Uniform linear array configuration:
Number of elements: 48
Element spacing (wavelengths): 0.25
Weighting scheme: hamming
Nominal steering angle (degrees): -30
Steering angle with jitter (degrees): -30.468
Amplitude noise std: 0.05
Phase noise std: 0.05

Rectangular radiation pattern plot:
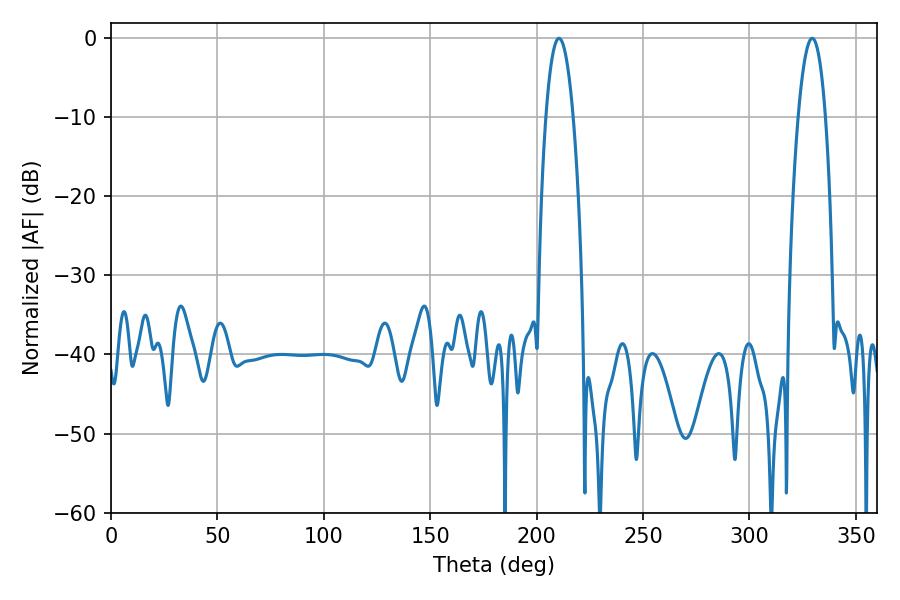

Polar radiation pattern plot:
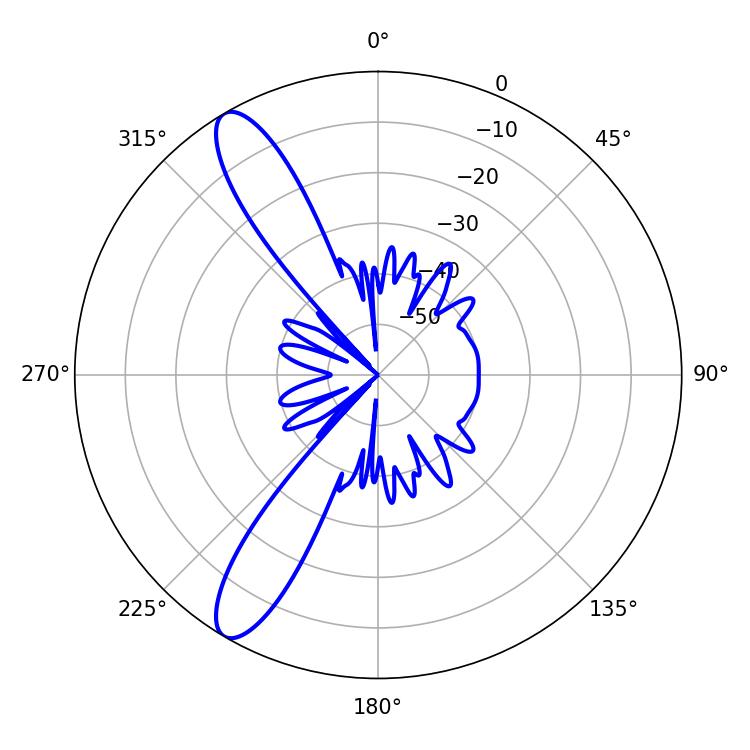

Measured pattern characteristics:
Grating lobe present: FALSE
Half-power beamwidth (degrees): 7.2
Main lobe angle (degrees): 210.42